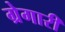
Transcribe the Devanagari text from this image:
ग्रेगारी